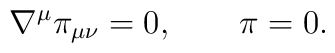
\nabla^\mu \pi_{\mu\nu} = 0, \qquad    \pi = 0.